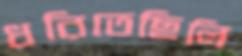
ধরিতেছিলি